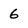
Character: 6